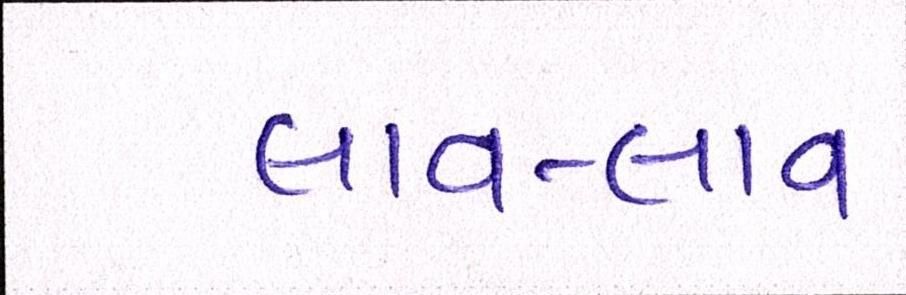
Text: લાવ-લાવ